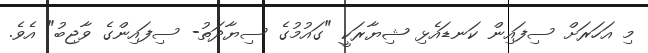
މި އަހަރަށް ސިފައިން ކަނޑައެޅި ޝިޔާރަކީ "ގައުމުގެ ސިޔާދަތު- ސިފައިންގެ ވާޖިބު" އެވެ.